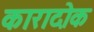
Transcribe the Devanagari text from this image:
कारादोक